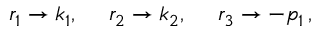
r _ { 1 } \to k _ { 1 } , ~ ~ ~ ~ r _ { 2 } \to k _ { 2 } , ~ ~ ~ ~ r _ { 3 } \to - p _ { 1 } \, ,